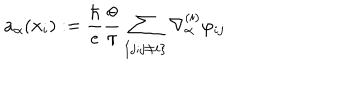
LaTeX: a _ { \alpha } ( { \bf x } _ { i } ) : = { \frac { \hbar } { e } } { \frac { \theta } { \pi } } \sum _ { \{ j ; j \ne i \} } \nabla _ { \alpha } ^ { ( i ) } \varphi _ { i j }